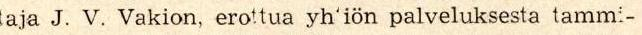
aja J. V. Vakion, erottua yh'iön palveluksesta tamm:-